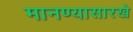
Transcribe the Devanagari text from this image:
मानण्यासारखे